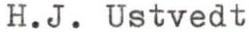
H.J. Ustvedt